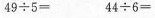
$$4 9 \div 5 =$$ $$4 \div 6 =$$